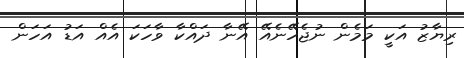
ރިޔާޒު އަކީ މަމެން ނުޖެހޭނެއޭ އޭނާ ދައްކާ ވާހަކަ އެއް އަޑު އަހަން